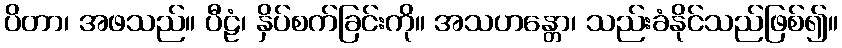
ပိတာ၊ အဖသည်။ ပီဠံ၊ နှိပ်စက်ခြင်းကို။ အသဟန္တော၊ သည်းခံနိုင်သည်ဖြစ်၍။